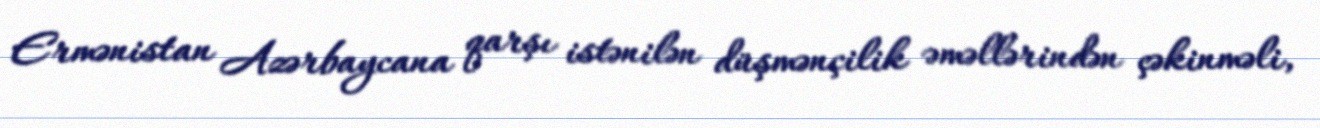
Ermənistan Azərbaycana qarşı istənilən düşmənçilik əməllərindən çəkinməli,